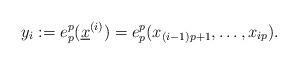
LaTeX: \begin{align*}y_i:=e_{p}^p(\underline{x}^{(i)})=e_p^p(x_{(i-1)p+1},\dots, x_{ip}).\end{align*}